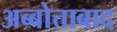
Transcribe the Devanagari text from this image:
अब्बोत्ताबाद